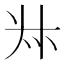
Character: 𠦑